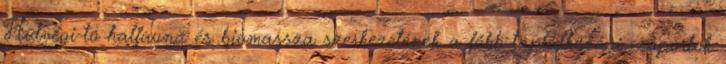
Hídvégi-tó halfauna és biomassza szerkezetének a főbb táplálkozási csoportok